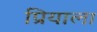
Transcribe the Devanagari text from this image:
प्रियाला